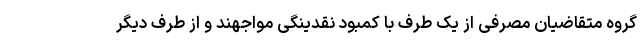
گروه متقاضیان مصرفی از یک طرف با کمبود نقدینگی مواجهند و از طرف دیگر